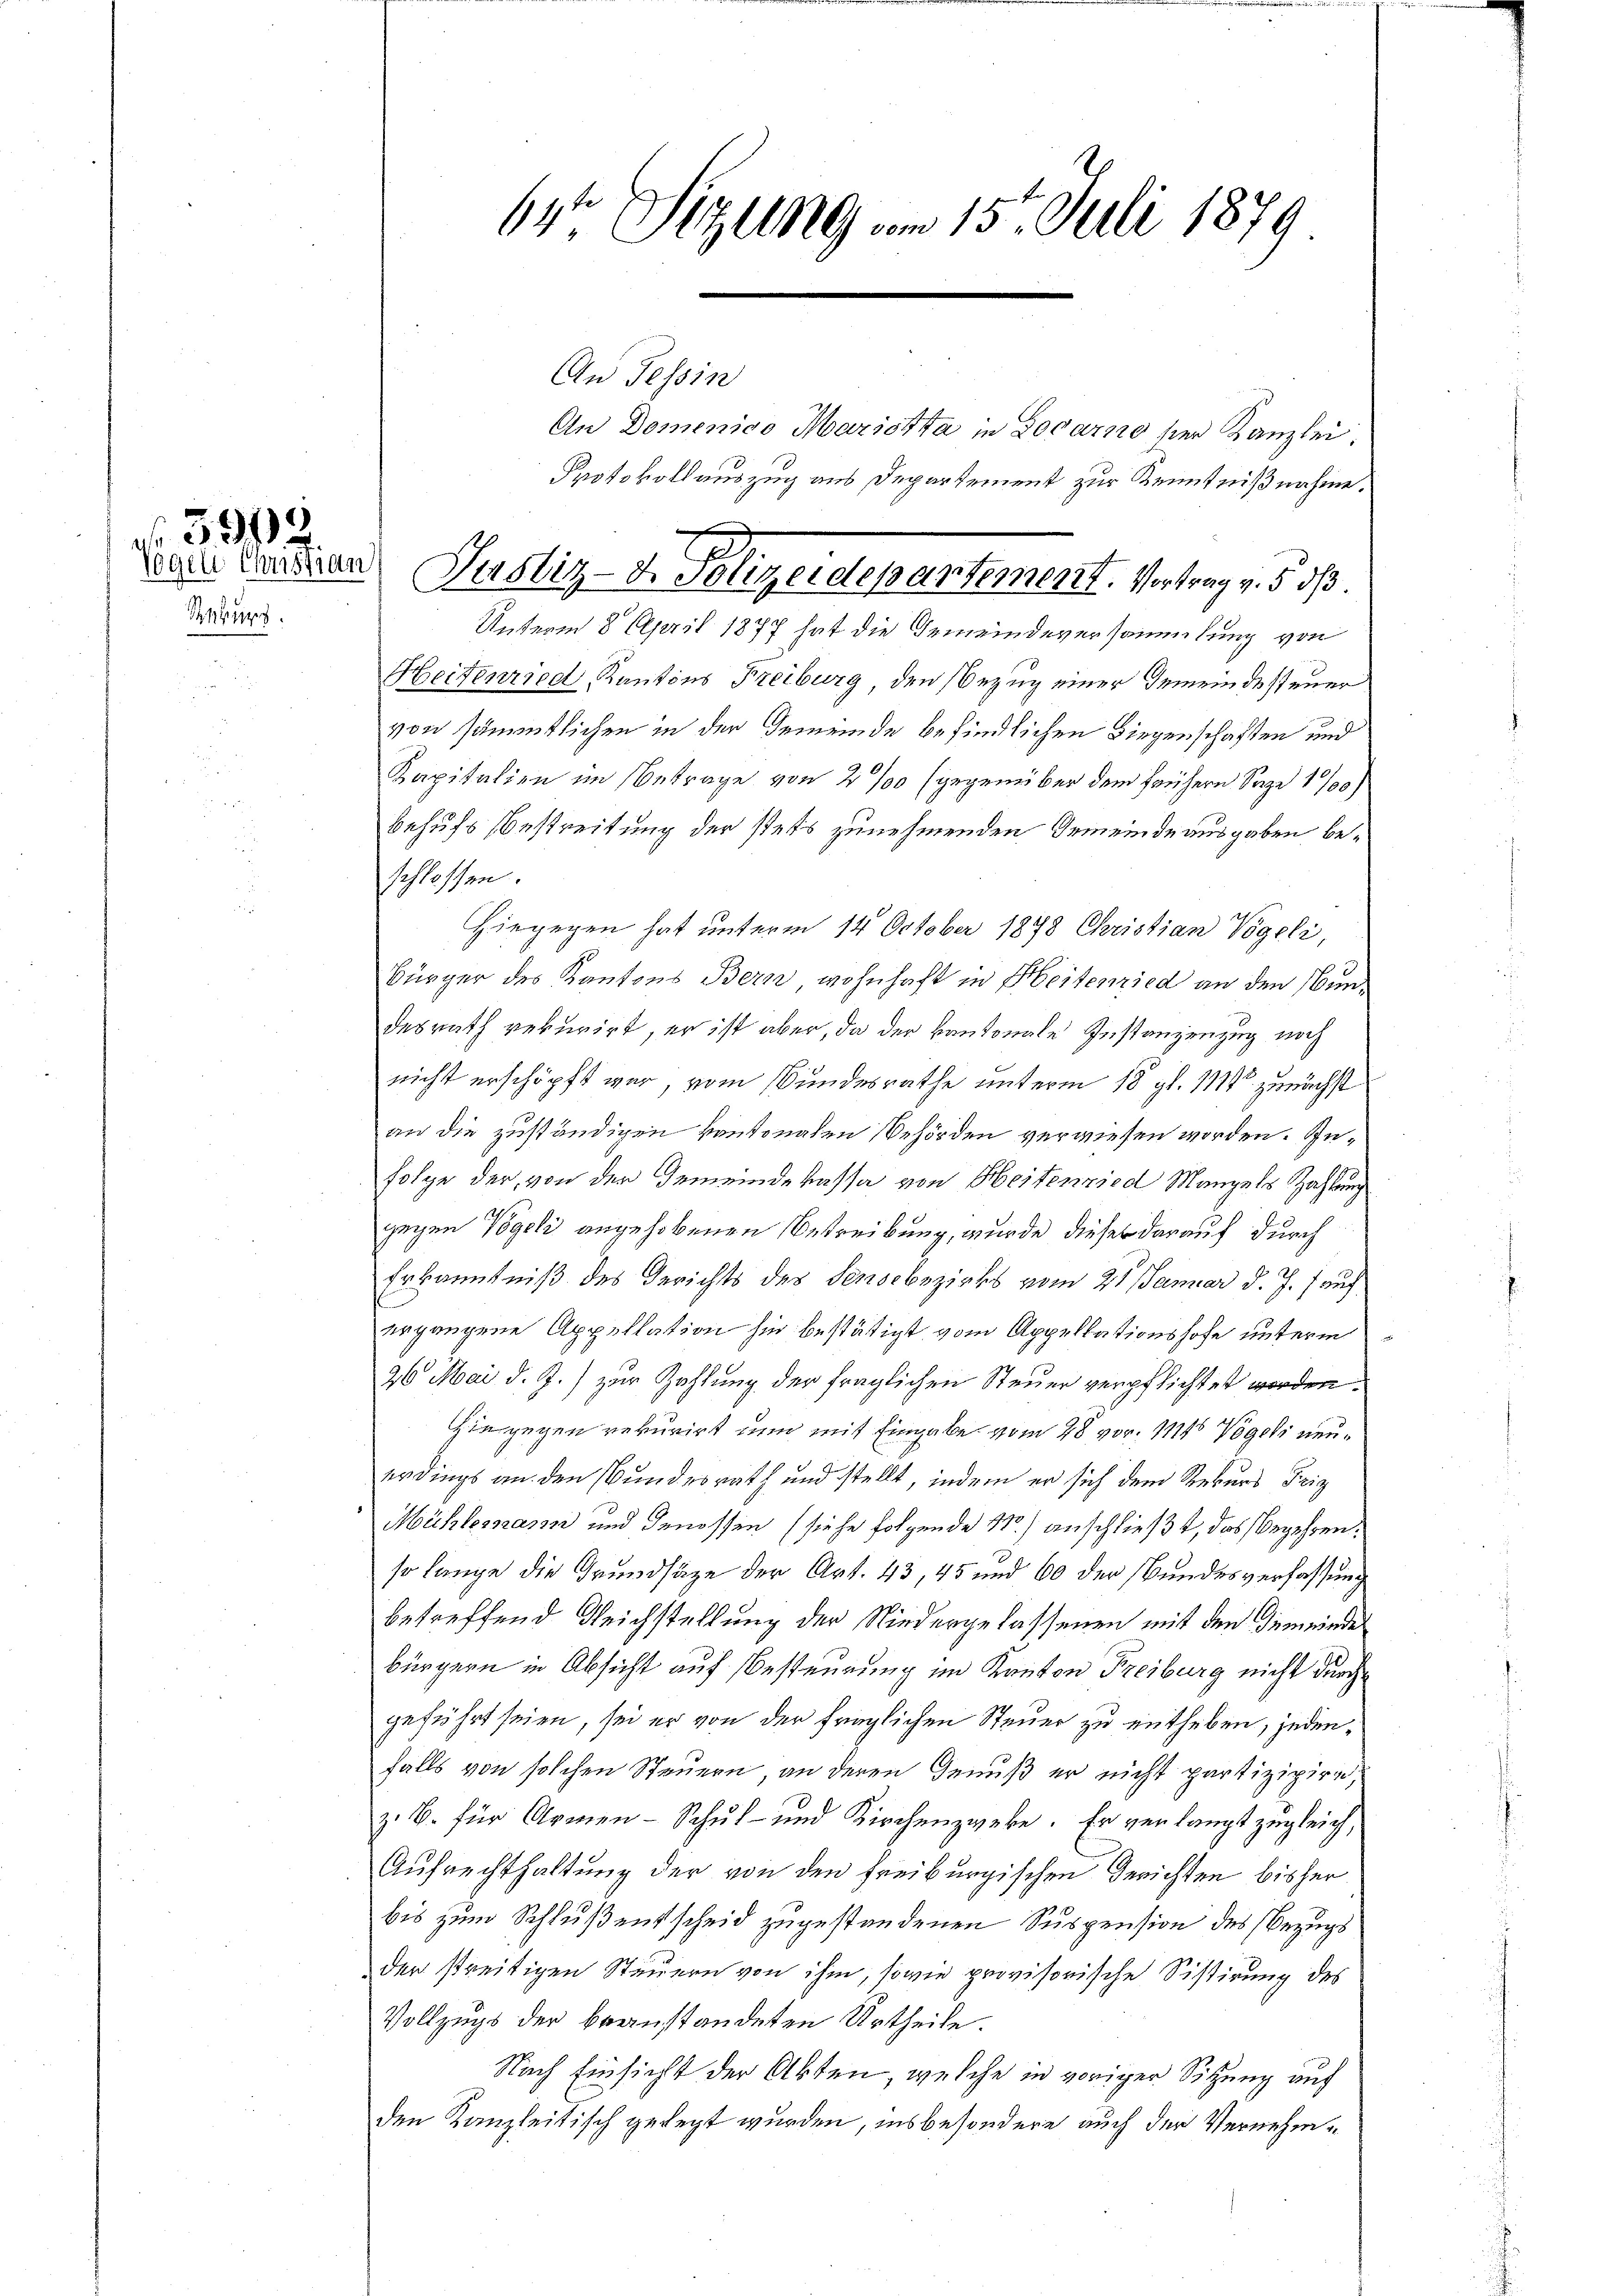
Spfung

No 399
logen Christian

64te Sitzung am 15. Juli 1879

An Tessin

An Domenico Mariotta in Locarno der Kanzlei.
Protokollauszug aus Departement zur Kenntnißnahme.
Unterm 8. April 1877 hat die Gemeindeversammlung von
Heitenried, Kantons Freiburg, den Bezug einer Gemeindesteuer
von sämmtlichen in der Gemeinde befindlichen Liegenschaften und
Kapitalien im Betrage von 2 % (gegenüber dem frühern Sage 1700)
behufs Bestreitung der stets zunehmenden Gemeinde ausgaben beschlossen.
Hiegegen hat unterm 14. October 1878 Christian Vögeli,
Bürger des Kantons Bern wohnhaft in Heitenried an den undesrath rekurirt, er ist aber, da der kantonale Instanzenzug noch
nicht erschöpft war, vom Bundesrathe unterm 18 gl. 1179 zunächst
an die zuständigen kantonalen Behörden verwiesen worden. Infolge der, von der Gemeindekassa von Heitenried Mangels Zahlung
gegen Vögeli angehobenen Betreibung, wurde dieser darauf durch
Erkanntniß des Gerichts des Senocbezirks vom 21. Januar d. J. f auf
ergangene Appellation hin bestätigt vom Appellationshofe unterm
26. Mai d. J.) zur Zahlung der fraglichen Steuer verpflichtet worden.
Hingegen rekurirt nun mit Eingabe vom 28 vor. 11145 Vogels neuerdings an den Bundesrath und stellt, indem er sich dem Rekurs Friz
Mühlemann und Genossen (siehe folgende Nr.) anschließt, das Begehren:
so lange die Grundsätze der Art. 43, 45 und 60 der Bundesverfassung
betreffend Reichstellung der Niedergelassenen mit den Gemeinde
bürgern in Absicht auf Besteurung im Kanton Freiburg nicht durch
geführt seien, sei er von der fraglichen Steuer zu entheben, jedenfalls von solchen Steuern, an deren Genuß er nicht partizipire,
z. B. für Armen - Schul- und Kirchenzweke. Er verlangt zugleich,
Aufrechthaltung der von den freiburgischen Gerichten bisher
bis zum Schluß entscheid zugestandenen Suspension des Bezugs
der streitigen Steuern von ihm, sowie provisorische Sistirung des
Vollzugs der beanstandeten Urtheile.
Nach Einsicht der Akten, welche in voriger Sitzung auf
den Kanzleitisch gelegt wurden, insbesondere auch der Vernehm¬

x
Justiz-d. Polizeidepartement. Vortrag v. 5. dß.